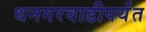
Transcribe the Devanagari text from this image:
धनगरवाडीपर्यंत